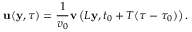
{ \mathbf u } ( { \mathbf y } , \tau ) = \frac { 1 } { v _ { 0 } } { \mathbf v } \left( L { \mathbf y } , t _ { 0 } + T ( \tau - \tau _ { 0 } ) \right) .